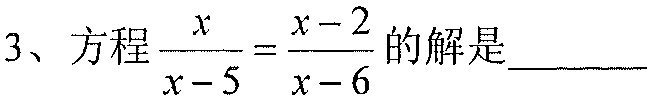
3、方程\(\dfrac{x}{x - 5}=\dfrac{x - 2}{x - 6}\)的解是______